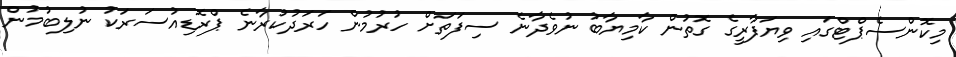
މިކޮންސެޕްޓްގައި ވިޔަފާރީގެ ގޮތުން ކާމިޔާބު ނުވެދާނެ ސިފަތަށް ހުރުމުން ހަރަދުކުރާނެ ޕްރޮޑިއުސަރަކު ނުލިބުމުން